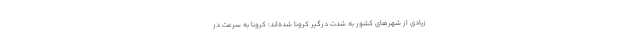
زیادی از شهر‌های کشور به شدت درگیر کرونا شده‌اند؛ کرونا به سرعت در